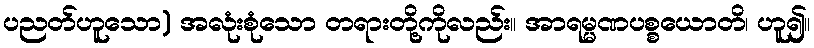
ပညတ်ဟူသော) အလုံးစုံသော တရားတို့ကိုလည်း။ အာရမ္မဏပစ္စယောတိ၊ ဟူ၍။